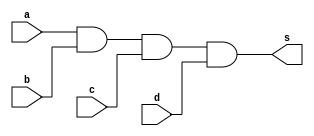
//Matheus Felipe Silva Evangelista
//Matrcula : 417550

module m4(s,a,b,c,d);
output s;
input a,b,c,d;
and AND1 (s, a, b, c, d);


endmodule

//teste

module teste;
reg a,b,c,d;
integer x,y,w,z;
wire s;

//instancia

m4 m(s,a,b,c,d);

//main

initial begin
	$display("Prova 1j - Matheus Felipe Silva Evangelista");
	$display("a b c d s");
	$monitor("%b %b %b %b %b",a,b,c,d,s);
	
	for(x=0;x<2;x=x+1)
	begin
	a=x;
		for(y=0;y<2;y=y+1)
		begin
		b=y;
			for(w=0;w<2;w=w+1)
				begin
				c=w;
					for(z=0;z<2;z=z+1)
						begin
						#1 d=z;
						end
				end
			end
		end
	end


endmodule